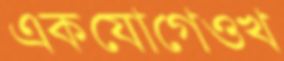
একযোগেওখ